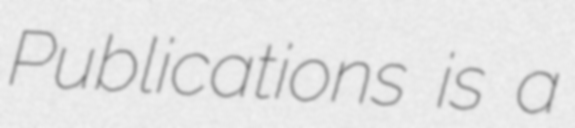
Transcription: Publications is a